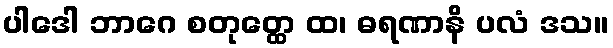
ပါဒေါ ဘာဂေ စတုတ္ထေ ထ၊ ဓရဏာနိ ပလံ ဒသ။